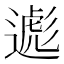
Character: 𬩃